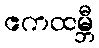
ဧကထမ္ဘီ